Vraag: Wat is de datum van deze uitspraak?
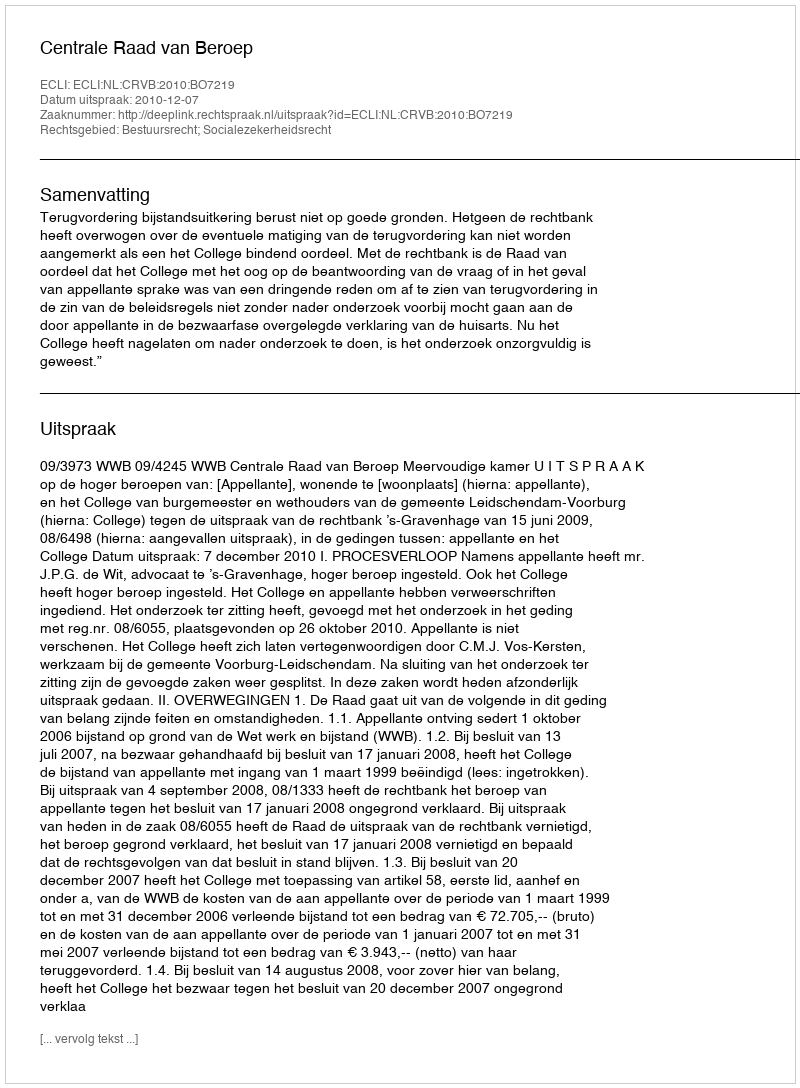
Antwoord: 2010-12-07